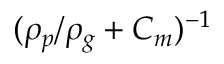
( \rho _ { p } / \rho _ { g } + C _ { m } ) ^ { - 1 }